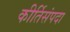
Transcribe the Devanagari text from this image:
कीर्तिसंपदा